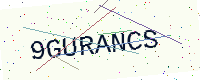
Text: 9GURANCS